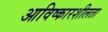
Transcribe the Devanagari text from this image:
आविष्कारशीलता